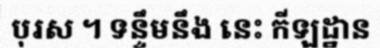
បុរស ។ ទន្ទឹមនឹង នេះ កីឡដ្ឋាន